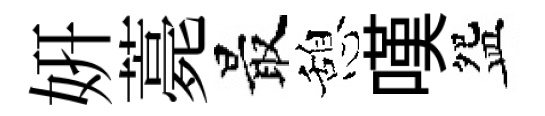
妍薧最憩嘆盌